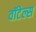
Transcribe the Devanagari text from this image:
वॉटेल्स